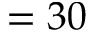
= 3 0